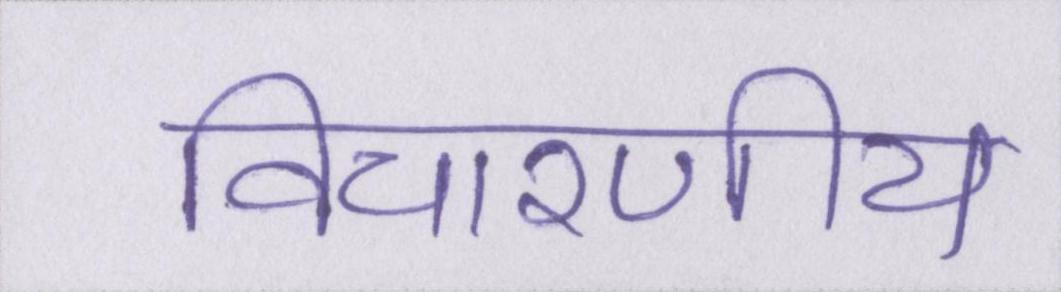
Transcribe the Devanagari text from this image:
विचारणीय